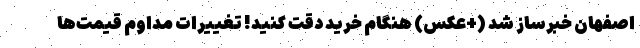
اصفهان خبرساز شد (+عکس) هنگام خرید دقت کنید! تغییرات مداوم قیمت‌ها